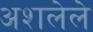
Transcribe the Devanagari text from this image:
अशलेले